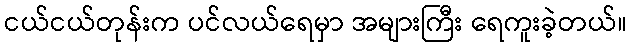
ငယ်ငယ်တုန်းက ပင်လယ်ရေမှာ အများကြီး ရေကူးခဲ့တယ်။